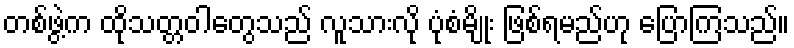
တစ်ဖွဲ့က ထိုသတ္တဝါတွေသည် လူသားလို ပုံစံမျိုး ဖြစ်ရမည်ဟု ပြောကြသည်။